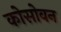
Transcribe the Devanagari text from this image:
कोसोवन